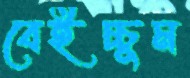
বেইচ্চুম